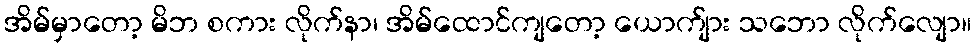
အိမ်မှာတော့ မိဘ စကား လိုက်နာ၊ အိမ်ထောင်ကျတော့ ယောက်ျား သဘော လိုက်လျော။